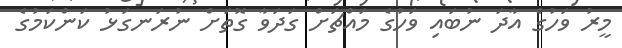
މީރު ވަހުގެ އާދަ ނުބައި ވަހުގެ މައްޗަށް ގަދަވާ ގޮތަށް ނުރަނގަޅު ކަންކަމުގެ